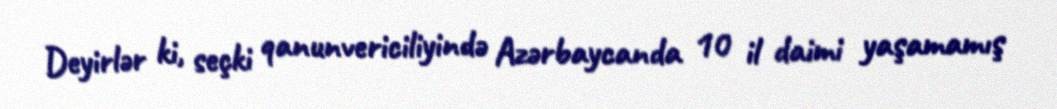
Deyirlər ki, seçki qanunvericiliyində Azərbaycanda 10 il daimi yaşamamış